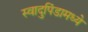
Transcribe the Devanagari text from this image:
स्वादुपिंडामध्ये